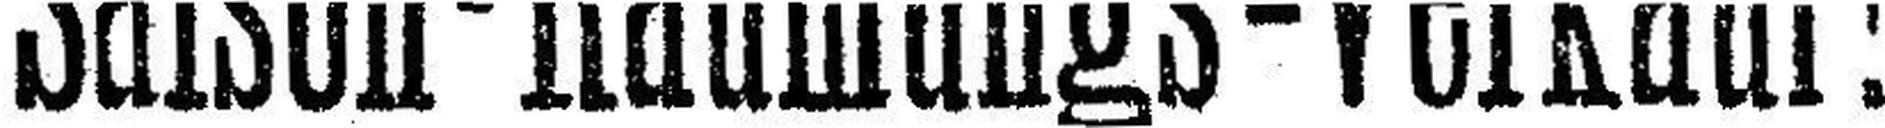
Saison - Räumungs - Verkauf !